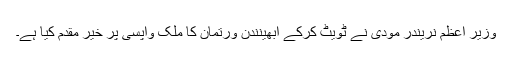
وزیر اعظم نریندر مودی نے ٹویٹ کرکے ابھینندن ورتمان کا ملک واپسی پر خیر مقدم کیا ہے۔